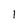
Character: l